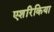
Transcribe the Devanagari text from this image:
एशरिकिया